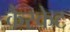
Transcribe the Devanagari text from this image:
कैस्केट